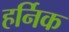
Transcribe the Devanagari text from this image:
हर्निक